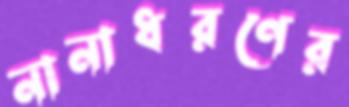
নানাধরণের